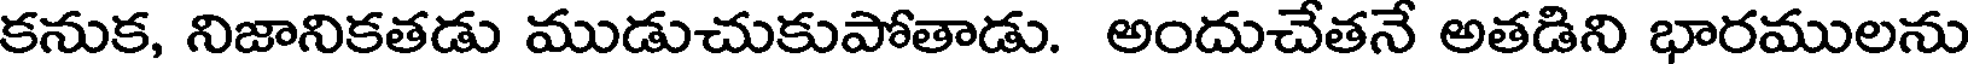
కనుక, నిజానికతడు ముడుచుకుపోతాడు. అందుచేతనే అతడిని భారములను